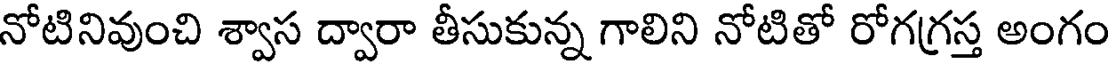
నోటినివుంచి శ్వాస ద్వారా తీసుకున్న గాలిని నోటితో రోగగ్రస్త అంగం